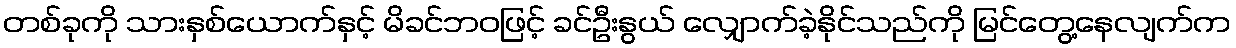
တစ်ခုကို သားနှစ်ယောက်နှင့် မိခင်ဘဝဖြင့် ခင်ဦးနွယ် လျှောက်ခဲ့နိုင်သည်ကို မြင်တွေ့နေလျက်က